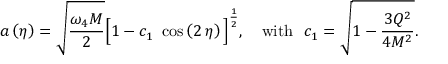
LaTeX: a \left( \eta \right) = \sqrt { \frac { \omega _ { 4 } M } { 2 } } \Big [ 1 - c _ { 1 } ~ \cos \left( 2 \, \eta \right) \Big ] ^ { \frac { 1 } { 2 } } , ~ ~ ~ \mathrm { w i t h } ~ ~ c _ { 1 } = \sqrt { 1 - { \frac { 3 Q ^ { 2 } } { 4 M ^ { 2 } } } } .